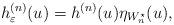
LaTeX: \begin{align*} h_\varepsilon^{(n)} (u) = h^{(n)}(u)\eta_{W_n^\star}(u),\end{align*}